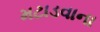
મટાડવાના